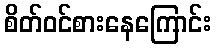
စိတ်ဝင်စားနေကြောင်း